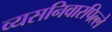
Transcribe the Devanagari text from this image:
व्यसनिवारपिल्ले